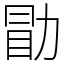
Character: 勖